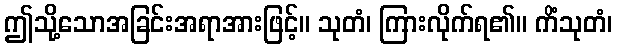
ဤသို့သောအခြင်းအရာအားဖြင့်။ သုတံ၊ ကြားလိုက်ရ၏။ ကိံသုတံ၊